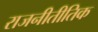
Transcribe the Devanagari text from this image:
राजनीतीतिक